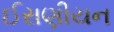
ઈરાણીયન